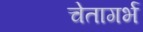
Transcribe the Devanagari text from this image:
चेतागर्भ